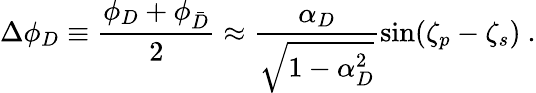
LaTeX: \Delta\phi_{D}\equiv\frac{\phi_{D}+{\phi}_{\bar{D}}}{2}\approx\frac{\alpha_{D}}{\sqrt{1-\alpha_{D}^{2}}}\sin(\zeta_{p}-\zeta_{s})\ .